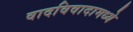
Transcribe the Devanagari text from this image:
वादविवादामध्ये